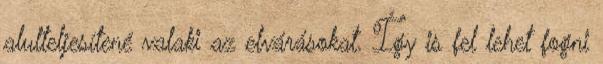
alulteljesítené valaki az elvárásokat. Így is fel lehet fogni